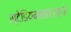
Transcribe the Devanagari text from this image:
स्टेडियमसारख्या